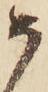
如